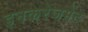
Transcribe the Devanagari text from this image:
इनकरेजमेंट